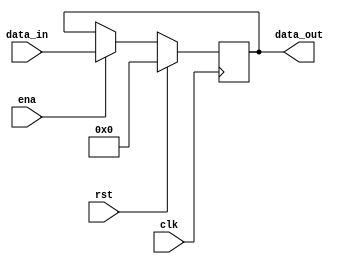
`timescale 1ns / 1ps
//////////////////////////////////////////////////////////////////////////////////
// Company: 
// Engineer: 
// 
// Design Name: 
// Module Name:    precg 
// Project Name: 
// Target Devices: 
// Tool versions: 
// Description: 
//
// Dependencies: 
//
// Revision: 
// Revision 0.01 - File Created
// Additional Comments: 
//
//////////////////////////////////////////////////////////////////////////////////
module pcreg(
					input clk, 
					input rst,
					input ena,
					input [31:0] data_in,
					output reg [31:0] data_out
    );
	 
	
	 
			

     always @ (posedge clk)
	      begin
	         
			if ( rst == 1)
				 data_out = 0;
			else if ( ena == 1)
	             data_out = data_in;
			else
			   ;
	        end
	 
			
endmodule